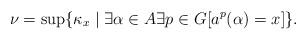
LaTeX: \begin{align*}\nu = \sup\{\kappa_x \mid \exists \alpha \in A \exists p \in G [a^p(\alpha) = x]\}.\end{align*}